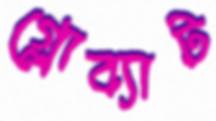
গ্লোব্যাট